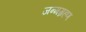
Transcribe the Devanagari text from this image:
जन्मग्रहण